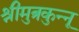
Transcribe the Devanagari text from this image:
श्रीमुत्रकुन्नू